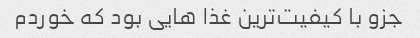
جزو با کیفیت‌ترین غذا هایی بود که خوردم